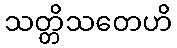
သတ္တိသတေဟိ